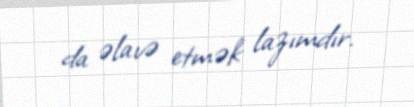
da əlavə etmək lazımdır.